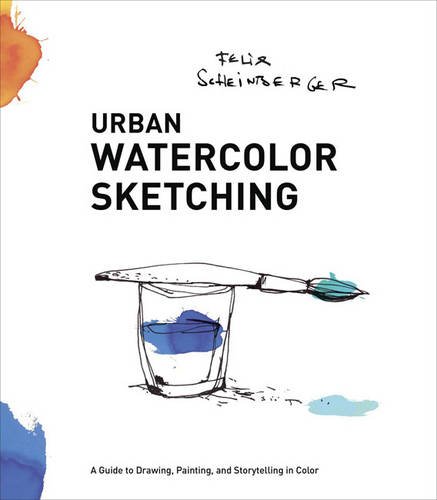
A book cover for Urban Watercolor Sketching: A Guide to Drawing, Painting, and Storytelling in Color; Felix Scheinberger; Arts & Photography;